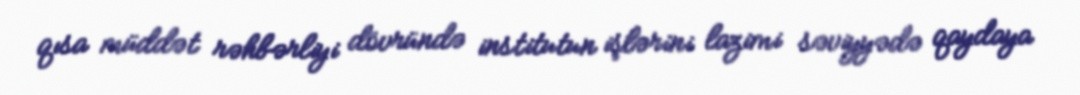
qısa müddət rəhbərliyi dövründə institutun işlərini lazimi səviyyədə qaydaya